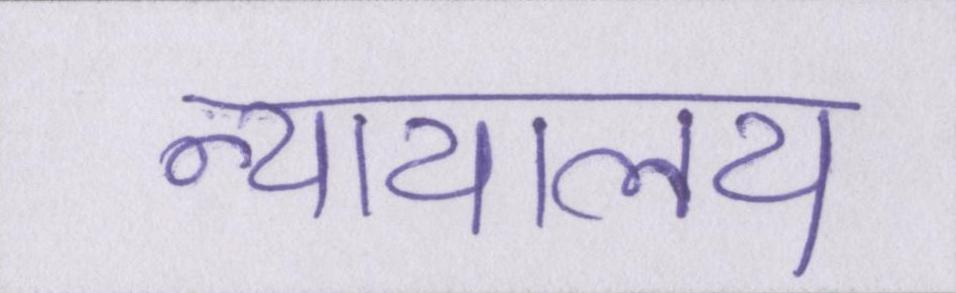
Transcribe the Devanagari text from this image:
न्यायालय